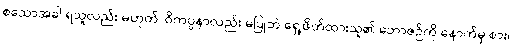
စသောအခါ ရသူလည်း မဟုတ်၊ ဝိကပ္ပနာလည်း မပြုဘဲ ရှေ့ဖိတ်ထားသူ၏ ဘောဇဉ်ကို နောက်မှ စား၊